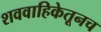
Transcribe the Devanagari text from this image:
शववाहिकेतूनच